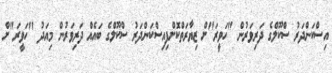
އިސްކަންދަރު ސްކޫލްގެ ދަރިވަރުން "ހަވީރަ"ށް ޒިޔާރަތްކޮށްފިއިސްކަންދަރު ސްކޫލްގެ ބައެއް ދަރިވަރުން މިއަދު "ހަވީރަ"ށް